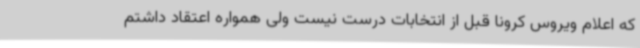
که اعلام ویروس کرونا قبل از انتخابات درست نیست ولی همواره اعتقاد داشتم